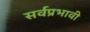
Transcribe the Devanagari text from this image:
सर्वप्रभावी